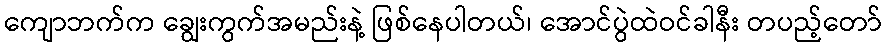
ကျောဘက်က ချွေးကွက်အမည်းနဲ့ ဖြစ်နေပါတယ်၊ အောင်ပွဲထဲဝင်ခါနီး တပည့်တော်